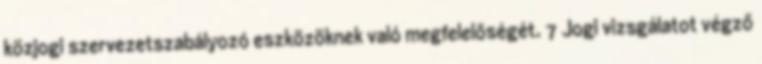
közjogi szervezetszabályozó eszközöknek való megfelelőségét. 7 Jogi vizsgálatot végző